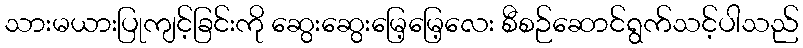
သားမယားပြုကျင့်ခြင်းကို ဆွေးဆွေးမြေ့မြေ့လေး စီစဉ်ဆောင်ရွက်သင့်ပါသည်